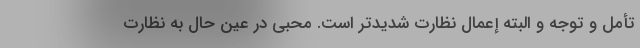
تأمل و توجه و البته إعمال نظارت شدیدتر است. محبی در عین حال به نظارت